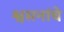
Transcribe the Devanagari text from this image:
श्वसनांचे